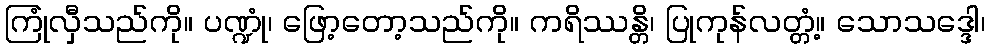
ကြုံလှီသည်ကို။ ပဏ္ဍုံ၊ ဖြော့တော့သည်ကို။ ကရိဿန္တိ၊ ပြုကုန်လတ္တံ့။ သောသဒ္ဒေါ၊